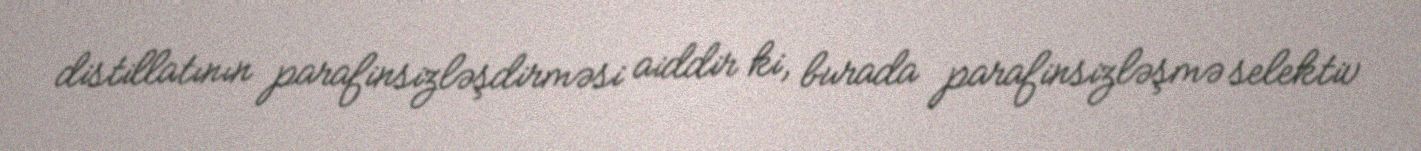
distillatının parafinsizləşdirməsi aiddir ki, burada parafinsizləşmə selektiv